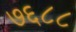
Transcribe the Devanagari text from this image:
७६८८